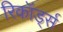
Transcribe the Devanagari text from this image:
रिकॉर्ड्स